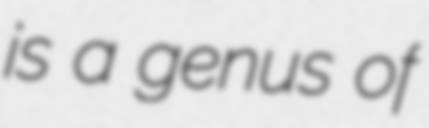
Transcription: is a genus of